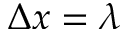
\Delta x = \lambda